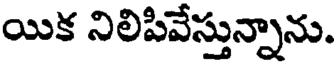
యిక నిలిపివేస్తున్నాను.